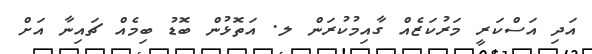
އަދި އަސްކަރީ މަރުކަޒެއް ގާއިމުކުރަން ލ. އަތޮޅުން ބޮޑު ބިމެއް ޗައިނާ އަށް